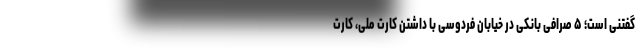
گفتنی است؛ ۵ صرافی بانکی در خیابان فردوسی با داشتن کارت ملی، کارت